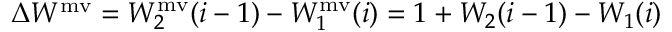
\Delta W ^ { \mathrm { m v } } = W _ { 2 } ^ { \mathrm { m v } } ( i - 1 ) - W _ { 1 } ^ { \mathrm { m v } } ( i ) = 1 + W _ { 2 } ( i - 1 ) - W _ { 1 } ( i )